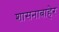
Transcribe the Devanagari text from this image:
शासनाबाहेर